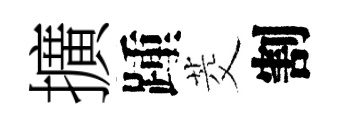
擴踵茭割